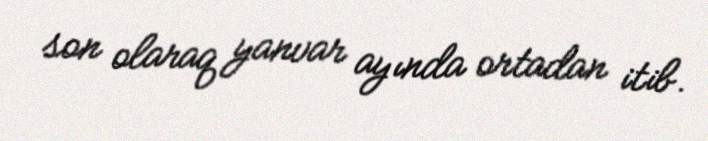
son olaraq yanvar ayında ortadan itib.